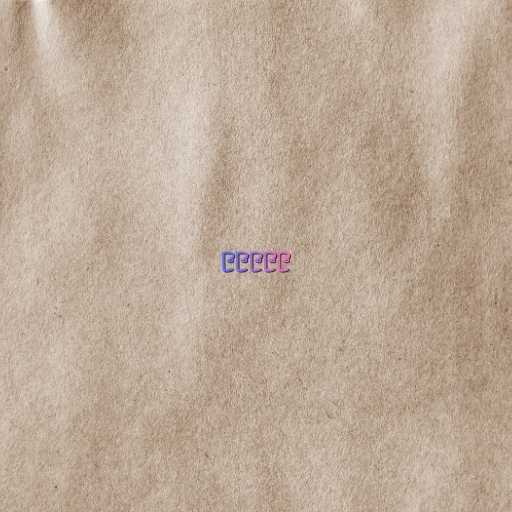
၉၉၉၉၉